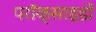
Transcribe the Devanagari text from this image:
परॉक्साइडों